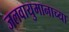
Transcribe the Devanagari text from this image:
जलवायुमानाच्या